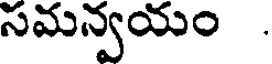
సమన్వయం